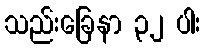
သည်းခြေနာ ၃၂ ပါး